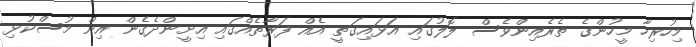
މިހުރިހާ މީހުންގެ ތެރެއިންވެސް ލޮލުގައި އަޅައިގަތީ އެއް ފަރާތެއްގައި އިށީންދެގެން އިން މުސްކުޅި